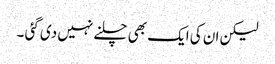
لیکن ان کی ایک بھی چلنے نہیں دی گئی ۔